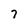
Character: 7